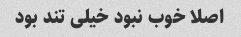
اصلا خوب نبود خیلی تند بود